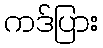
ကဒ်ပြား